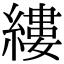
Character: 縷